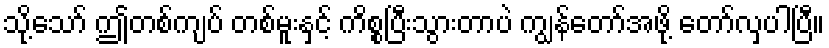
သို့သော် ဤတစ်ကျပ် တစ်မူးနှင့် ကိစ္စပြီးသွားတာပဲ ကျွန်တော်အဖို့ တော်လှပါပြီ။